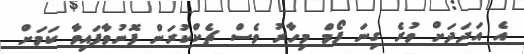
އެ އަދަދަށް ވުރެ ގިނަ ފޯމް މިހާރު ވެސް ޗެކްކުރަން ފޮނުވާފައިވާ ކަމަށް